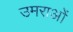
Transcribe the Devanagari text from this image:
उमराओं